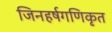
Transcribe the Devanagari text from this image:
जिनहर्षगणिकृत